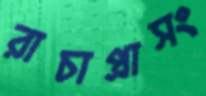
রাচাপ্রাসং